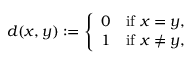
d ( x , y ) : = { \left\{ \begin{array} { l l } { 0 } & { { \mathrm { i f ~ } } x = y , } \\ { 1 } & { { \mathrm { i f ~ } } x \neq y , } \end{array} \right. }